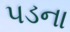
પડના